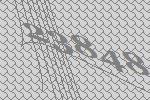
23848